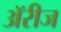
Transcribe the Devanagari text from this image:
अॅरीज